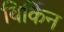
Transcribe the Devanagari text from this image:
बिर्किन